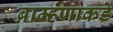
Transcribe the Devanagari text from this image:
ब्राम्हणाकडे